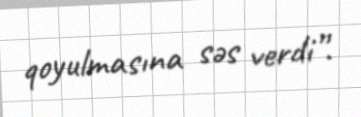
qoyulmasına səs verdi”.